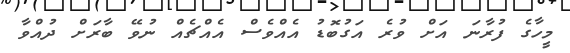
މީހާގެ ފުރާނަ އަށް ވުރެ އަގުބޮޑު އެއްވެސް އެއްޗެއް ނުވޭ ބާރަށް ދުއްވާ